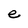
Character: e